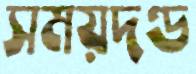
সময়দণ্ড